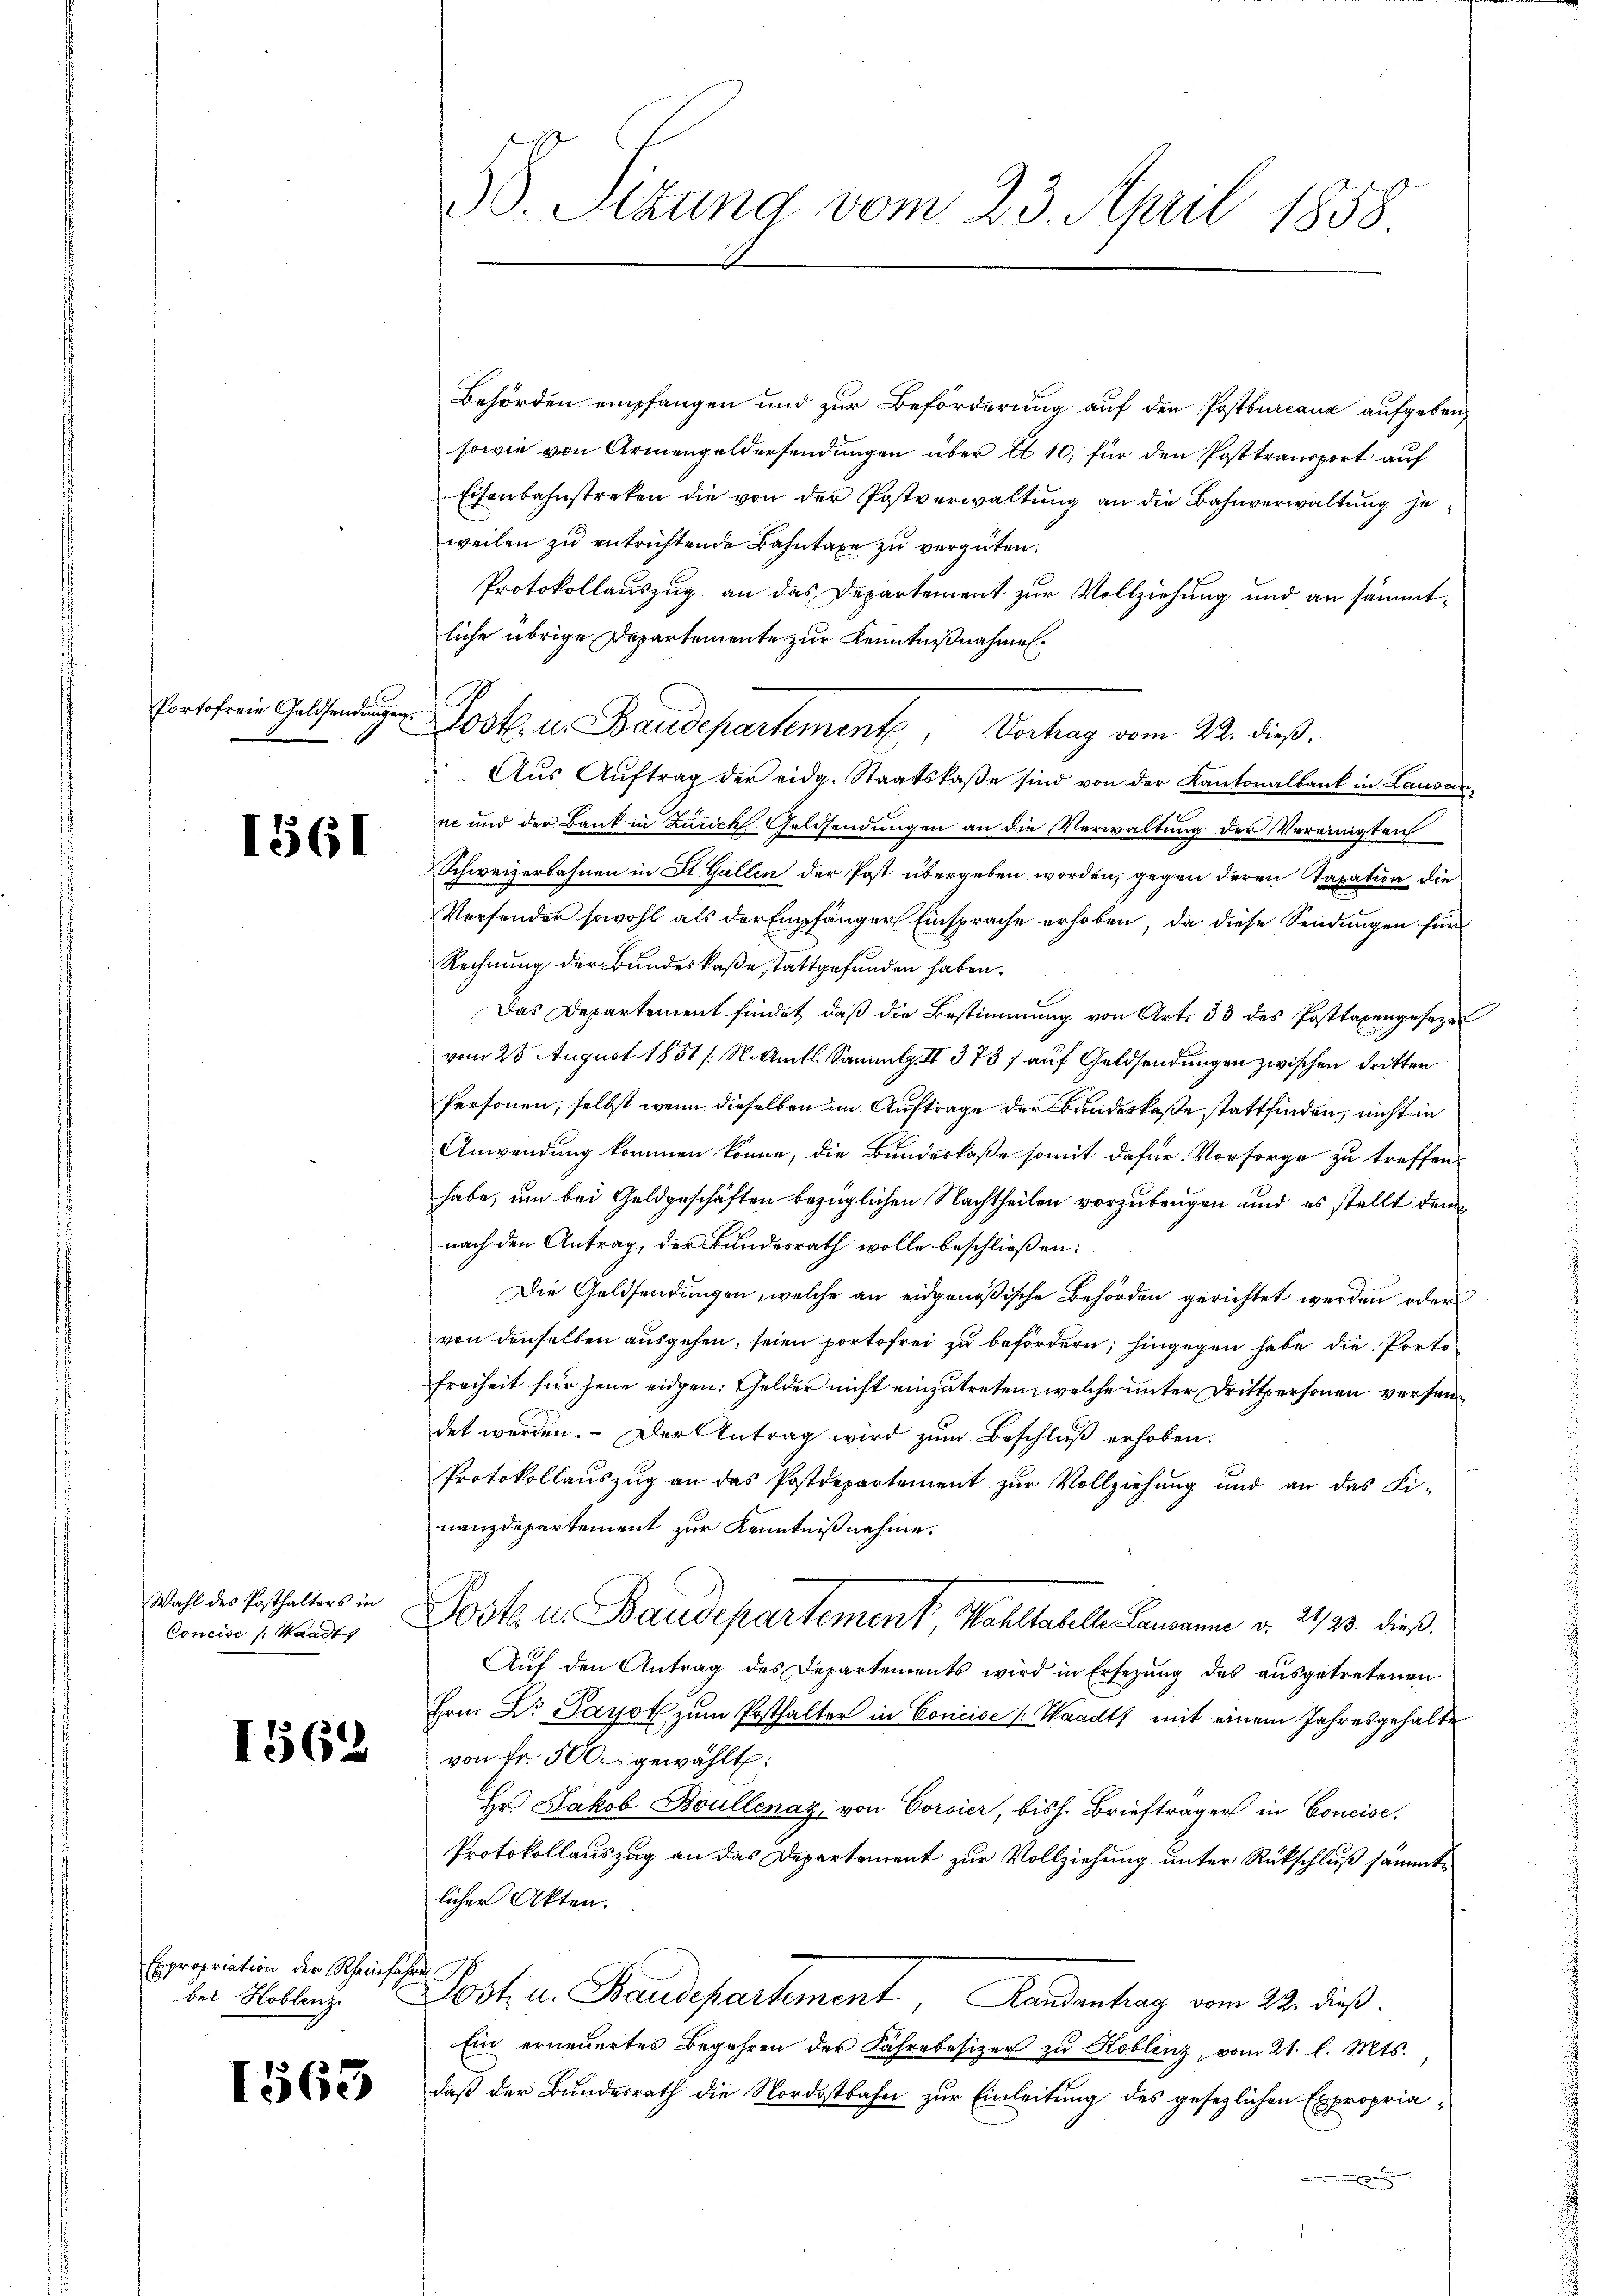
Portofreie Geldsendungen

1561

Wahl des Posthalters in
Concise ( Waadt,

1562

Expropriation der Rheinfahre
bei Hoblenz

1565

S. Sizung vom 23. April 1858

Behörden empfangen und zur Beförderung auf den Postbureaux aufgeben,
sowie von Armengeldersendungen über 1 10, für den Posttransport auf
Eisenbahnstreken die von der Postverwaltung an die Bahnverwaltung je
weilen zu entrichtende Bahntaxe zu vergüten.
Protokollauszug an das Departement zur Vollziehung und an sämmtliche übrige Departemente zur Kenntnißnahmen.
Post u. Baudepartement, Vortrag vom 22. dieß.
Aŭs Aŭftrag der eidg. Staatskaβe sind von der Kantonalbank in Landa
ne und der Bank in Zurick Geldsendungen an die Verwaltung der Vereinigten
Schweizerbahnen in St. Gallen der Post übergeben worden, gegen deren Taxation die
Versender sowohl als der Empfänger Einsprache erhoben, da diese Sendungen für
Rechnung der Bundeskaße stattgefunden haben.
Das Departement findet, daß die Bestimmung von Art. 33 des Posttaxengesezes
vom 28 August 1851 /: M. Amts Sammlg. II 373 / auf Geldsendungen zwischen dritten
Personen, selbst wenn dieselben im Auftrage der Bundeskaße stattfinden, nicht in
Anwendung kommen könne, die Bundeskaße somit dafür Vorsorge zu treffen
habe, um bei Geldgeschäften bezüglichen Nachtheilen vorzubeugen und es stellt dem
nach den Antrag, der Bundesrath wolle beschließen:
Die Geldsendungen, welche an eidgenößische Behörden gerichtet werden oder
von denselben ausgehen, seien portofrei zu befördern, hingegen habe die Porte
Freiheit für jene eidgen: Gelder nicht einzutreten, welche unter Drittpersonen versendet werden. Der Antrag wird zum Beschluß erhoben.
Protokollauszug an das Postdepartement zur Vollziehung und an das Fi-
nanzdepartement zur Kenntnißnahme.
Josk. u. Baudepartement, Wohltabelle Lausanne v. 24, 23. dieß
Auf den Antrag des Departements wird in Ersezung des ausgetretenen
Hrn. Dr Payot zum Posthalter in Concise (Waadt mit einem Jahresgehalte
von fr. 500.- gewählt:
Hr Jakob Boullenaz, von Corsier, bish. Briefträger in Concise.
Protokollauszug an das Departement zur Vollziehung unter Rückschluß sammte
licher Akten.
Post u. Baudepartement, Landantrag vom 22. dieß.
Ein erneuertes Begehren der Fahre besizer zu Hoblenz, vom 21. l. Mts.,
daß der Bundesrath die Nordostbahn zur Einleitung des gesezlichen Expropriae